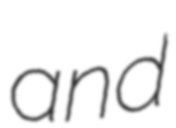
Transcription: and